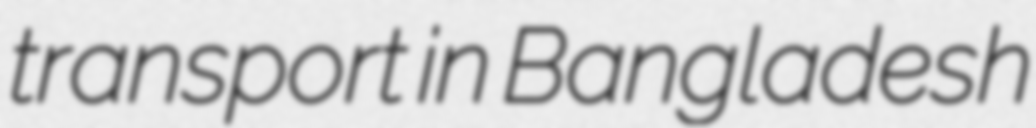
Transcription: transport in Bangladesh